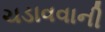
ચડાવવાની